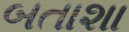
બતાશા